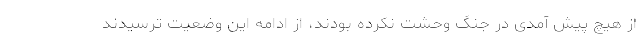
از هیچ پیش آمدی در جنگ وحشت نکرده بودند، از ادامه این وضعیت ترسیدند